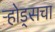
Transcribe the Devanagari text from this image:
ऱ्होड्सचा